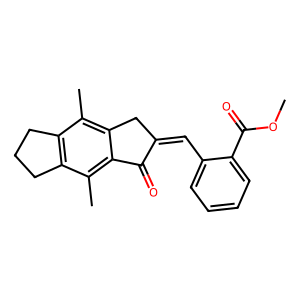
SMILES: COC(=O)c1ccccc1C=C1Cc2c(C)c3c(c(C)c2C1=O)CCC3
Inhibits HIV replication: No